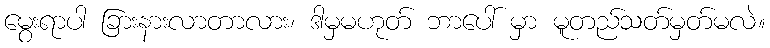
မွေးရာပါ ခြားနားလာတာလား၊ ဒါမှမဟုတ် ဘာပေါ် မှာ မူတည်သတ်မှတ်မလဲ။